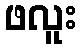
ဖလူး